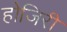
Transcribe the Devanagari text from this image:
होजिरी